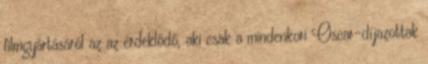
filmgyártásáról az az érdeklődő, aki csak a mindenkori Oscar-díjazottak